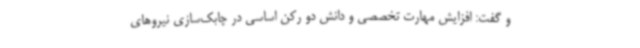
و گفت: افزایش مهارت تخصصی و دانش دو رکن اساسی در چابک‌سازی نیروهای